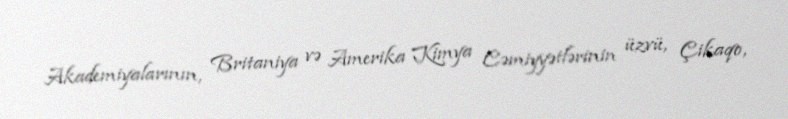
Akademiyalarının, Britaniya və Amerika Kimya Cəmiyyətlərinin üzvü, Çikaqo,